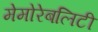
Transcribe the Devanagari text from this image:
मेमोरेबलिटी